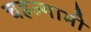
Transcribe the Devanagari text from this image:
चहल्गामी